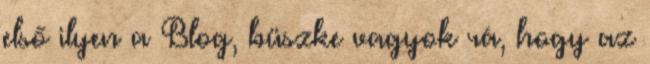
első ilyen a Blog, büszke vagyok rá, hogy az